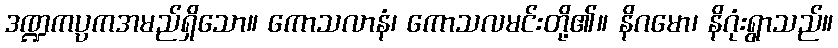
ဒဏ္ဍကပ္ပကအမည်ရှိသော။ ကောသလာနံ၊ ကောသလမင်းတို့၏။ နိဂမော၊ နိဂုံးရွာသည်။